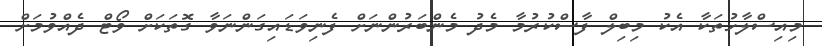
މިއިސްލާހުތަކާ އެކު މިބިލް ފާސްކުރުމާ މެދު މެންބަރުންނަށް ފެނިވަޑައިގަންނަވާ ގޮތަކަށް ވޯޓް ދެއްވުމަށް